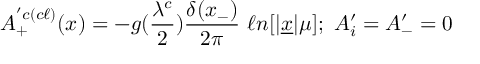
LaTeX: A _ { + } ^ { ^ \prime c ( c \ell ) } ( x ) = - g ( { \frac { \lambda ^ { c } } { 2 } } ) { \frac { \delta ( x _ { - } ) } { 2 \pi } } \ \ell n [ \vert \underline { { { x } } } \vert \mu ] ; \ A _ { i } ^ { \prime } = A _ { - } ^ { \prime } = 0